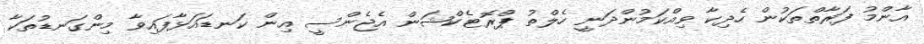
އާންމު ފަރާތްތަކުން ހެދިކާ ވިއްކަމުންދަނީ ހެލްތު ޕްރޮޓެކްޝަން އެޖެންސީ އިން ކަނޑައަޅާފައިވާ މިންގަނޑުތަކާ